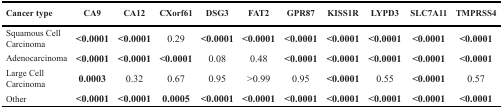
<table><thead><tr><td><b>Cancer type</b></td><td><b>CA9</b></td><td><b>CA12</b></td><td><b>CXorf61</b></td><td><b>DSG3</b></td><td><b>FAT2</b></td><td><b>GPR87</b></td><td><b>KISS1R</b></td><td><b>LYPD3</b></td><td><b>SLC7A11</b></td><td><b>TMPRSS4</b></td></tr></thead><tbody><tr><td>Squamous Cell Carcinoma</td><td><b>&lt;0.0001</b></td><td><b>&lt;0.0001</b></td><td>0.29</td><td><b>&lt;0.0001</b></td><td><b>&lt;0.0001</b></td><td><b>&lt;0.0001</b></td><td><b>&lt;0.0001</b></td><td><b>&lt;0.0001</b></td><td><b>&lt;0.0001</b></td><td><b>&lt;0.0001</b></td></tr><tr><td>Adenocarcinoma</td><td><b>&lt;0.0001</b></td><td><b>&lt;0.0001</b></td><td><b>&lt;0.0001</b></td><td>0.08</td><td>0.48</td><td><b>&lt;0.0001</b></td><td><b>&lt;0.0001</b></td><td><b>&lt;0.0001</b></td><td><b>&lt;0.0001</b></td><td><b>&lt;0.0001</b></td></tr><tr><td>Large Cell Carcinoma</td><td><b>0.0003</b></td><td>0.32</td><td>0.67</td><td>0.95</td><td>&gt;0.99</td><td>0.95</td><td><b>&lt;0.0001</b></td><td>0.55</td><td><b>&lt;0.0001</b></td><td>0.57</td></tr><tr><td>Other</td><td><b>&lt;0.0001</b></td><td><b>&lt;0.0001</b></td><td><b>0.0005</b></td><td><b>&lt;0.0001</b></td><td><b>&lt;0.0001</b></td><td><b>&lt;0.0001</b></td><td><b>&lt;0.0001</b></td><td><b>&lt;0.0001</b></td><td><b>&lt;0.0001</b></td><td><b>&lt;0.0001</b></td></tr></tbody></table>